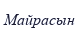
Майрасын